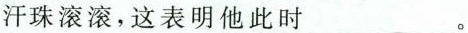
汗珠滚滚，这表明他此时___。